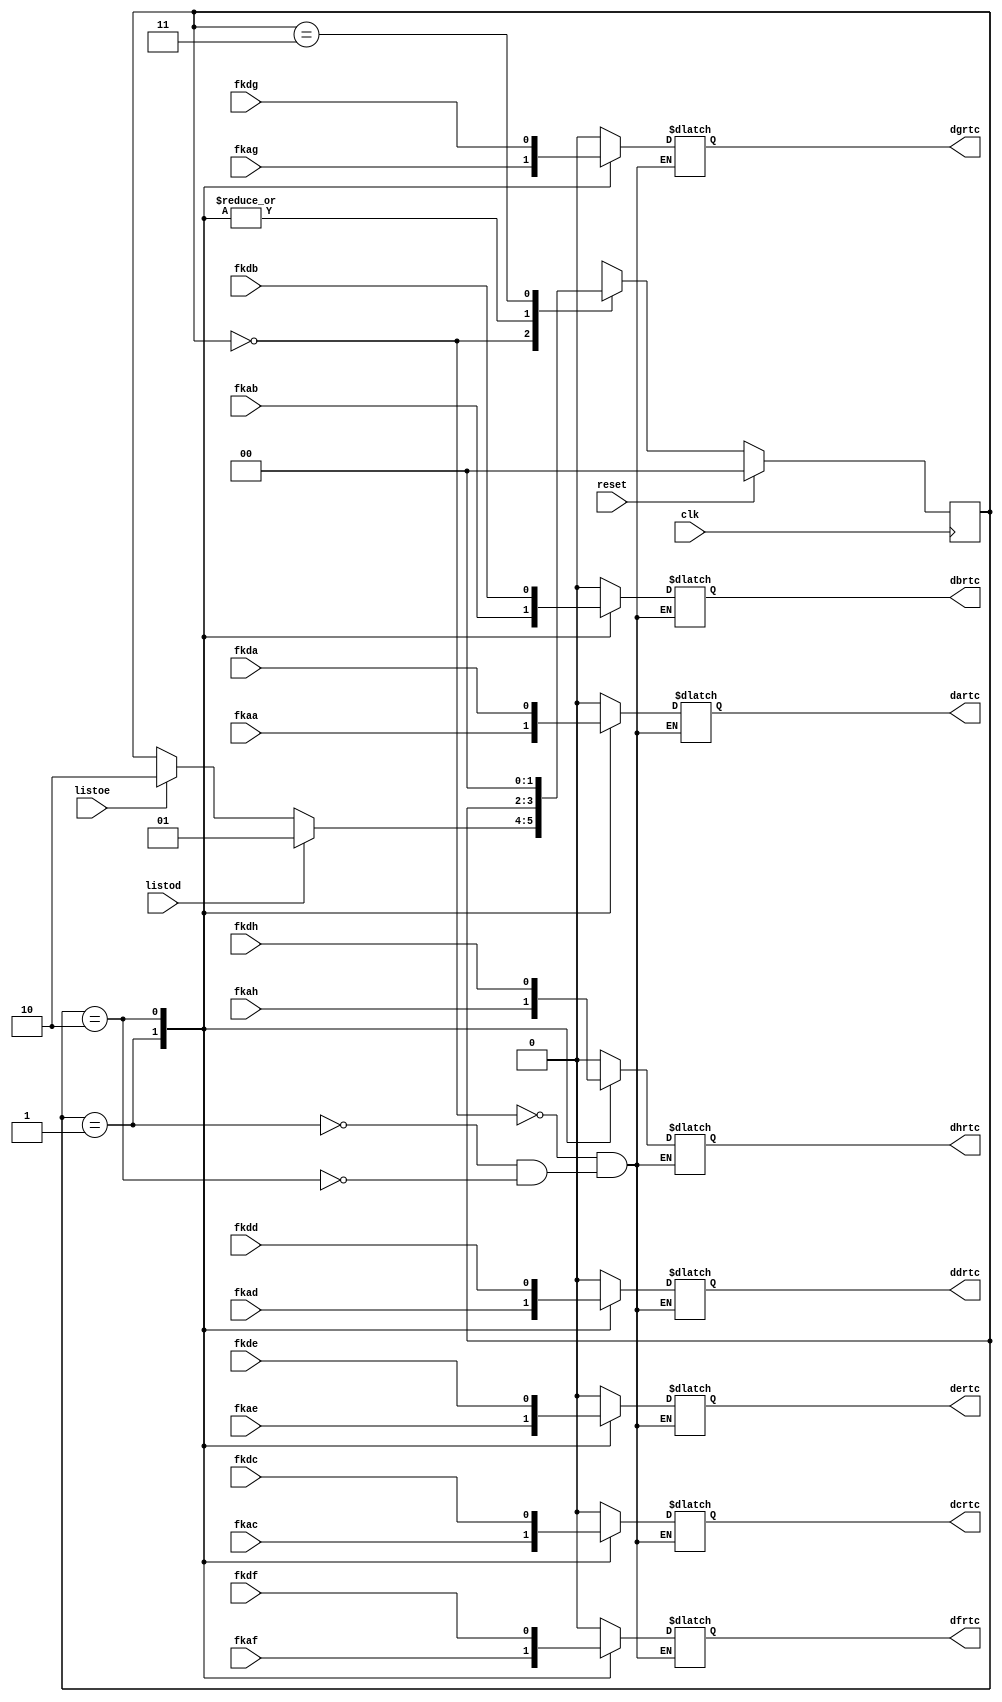
`timescale 1ns / 1ps

module datatortc(
		input wire clk, reset,
		input wire fkda, fkdb, fkdc, fkdd, fkde, fkdf, fkdg, fkdh,
		input wire fkaa, fkab, fkac, fkad, fkae, fkaf, fkag, fkah,
		input wire listoe, listod,
		output reg dartc, dbrtc, dcrtc, ddrtc, dertc, dfrtc, dgrtc, dhrtc
    );
	 
localparam STATE_Initial = 3'b000,
	STATE_1 = 3'b001, 
	STATE_2 = 3'b010,
	STATE_3_PlaceHolder = 3'b011;

reg[1:0] CurrentState;
reg[1:0] NextState;

always @(posedge clk) begin
	if (reset) CurrentState <= STATE_Initial;
	else CurrentState <= NextState;
end
	 
always @(*) begin
	NextState = CurrentState;
	case (CurrentState)
		STATE_Initial: begin
			if (listod) NextState = STATE_1;
			else if (listoe) NextState = STATE_2;
			dartc <= 0;
			dbrtc <= 0;
			dcrtc <= 0;
			ddrtc <= 0;
			dertc <= 0;
			dfrtc <= 0;
			dgrtc <= 0;
			dhrtc <= 0;
		end
		STATE_1: begin
			dartc <= fkaa;
			dbrtc <= fkab;
			dcrtc <= fkac;
			ddrtc <= fkad;
			dertc <= fkae;
			dfrtc <= fkaf;
			dgrtc <= fkag;
			dhrtc <= fkah;
		end
		STATE_2: begin
			dartc <= fkda;
			dbrtc <= fkdb;
			dcrtc <= fkdc;
			ddrtc <= fkdd;
			dertc <= fkde;
			dfrtc <= fkdf;
			dgrtc <= fkdg;
			dhrtc <= fkdh;
		end
		STATE_3_PlaceHolder: begin
			NextState = STATE_Initial;
		end
	endcase
end

endmodule